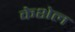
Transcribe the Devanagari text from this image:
केशेल